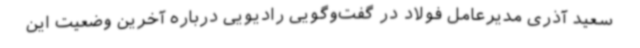
سعید آذری مدیرعامل فولاد در گفت‌وگویی رادیویی درباره آخرین وضعیت این